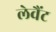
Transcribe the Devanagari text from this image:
लेवैंट